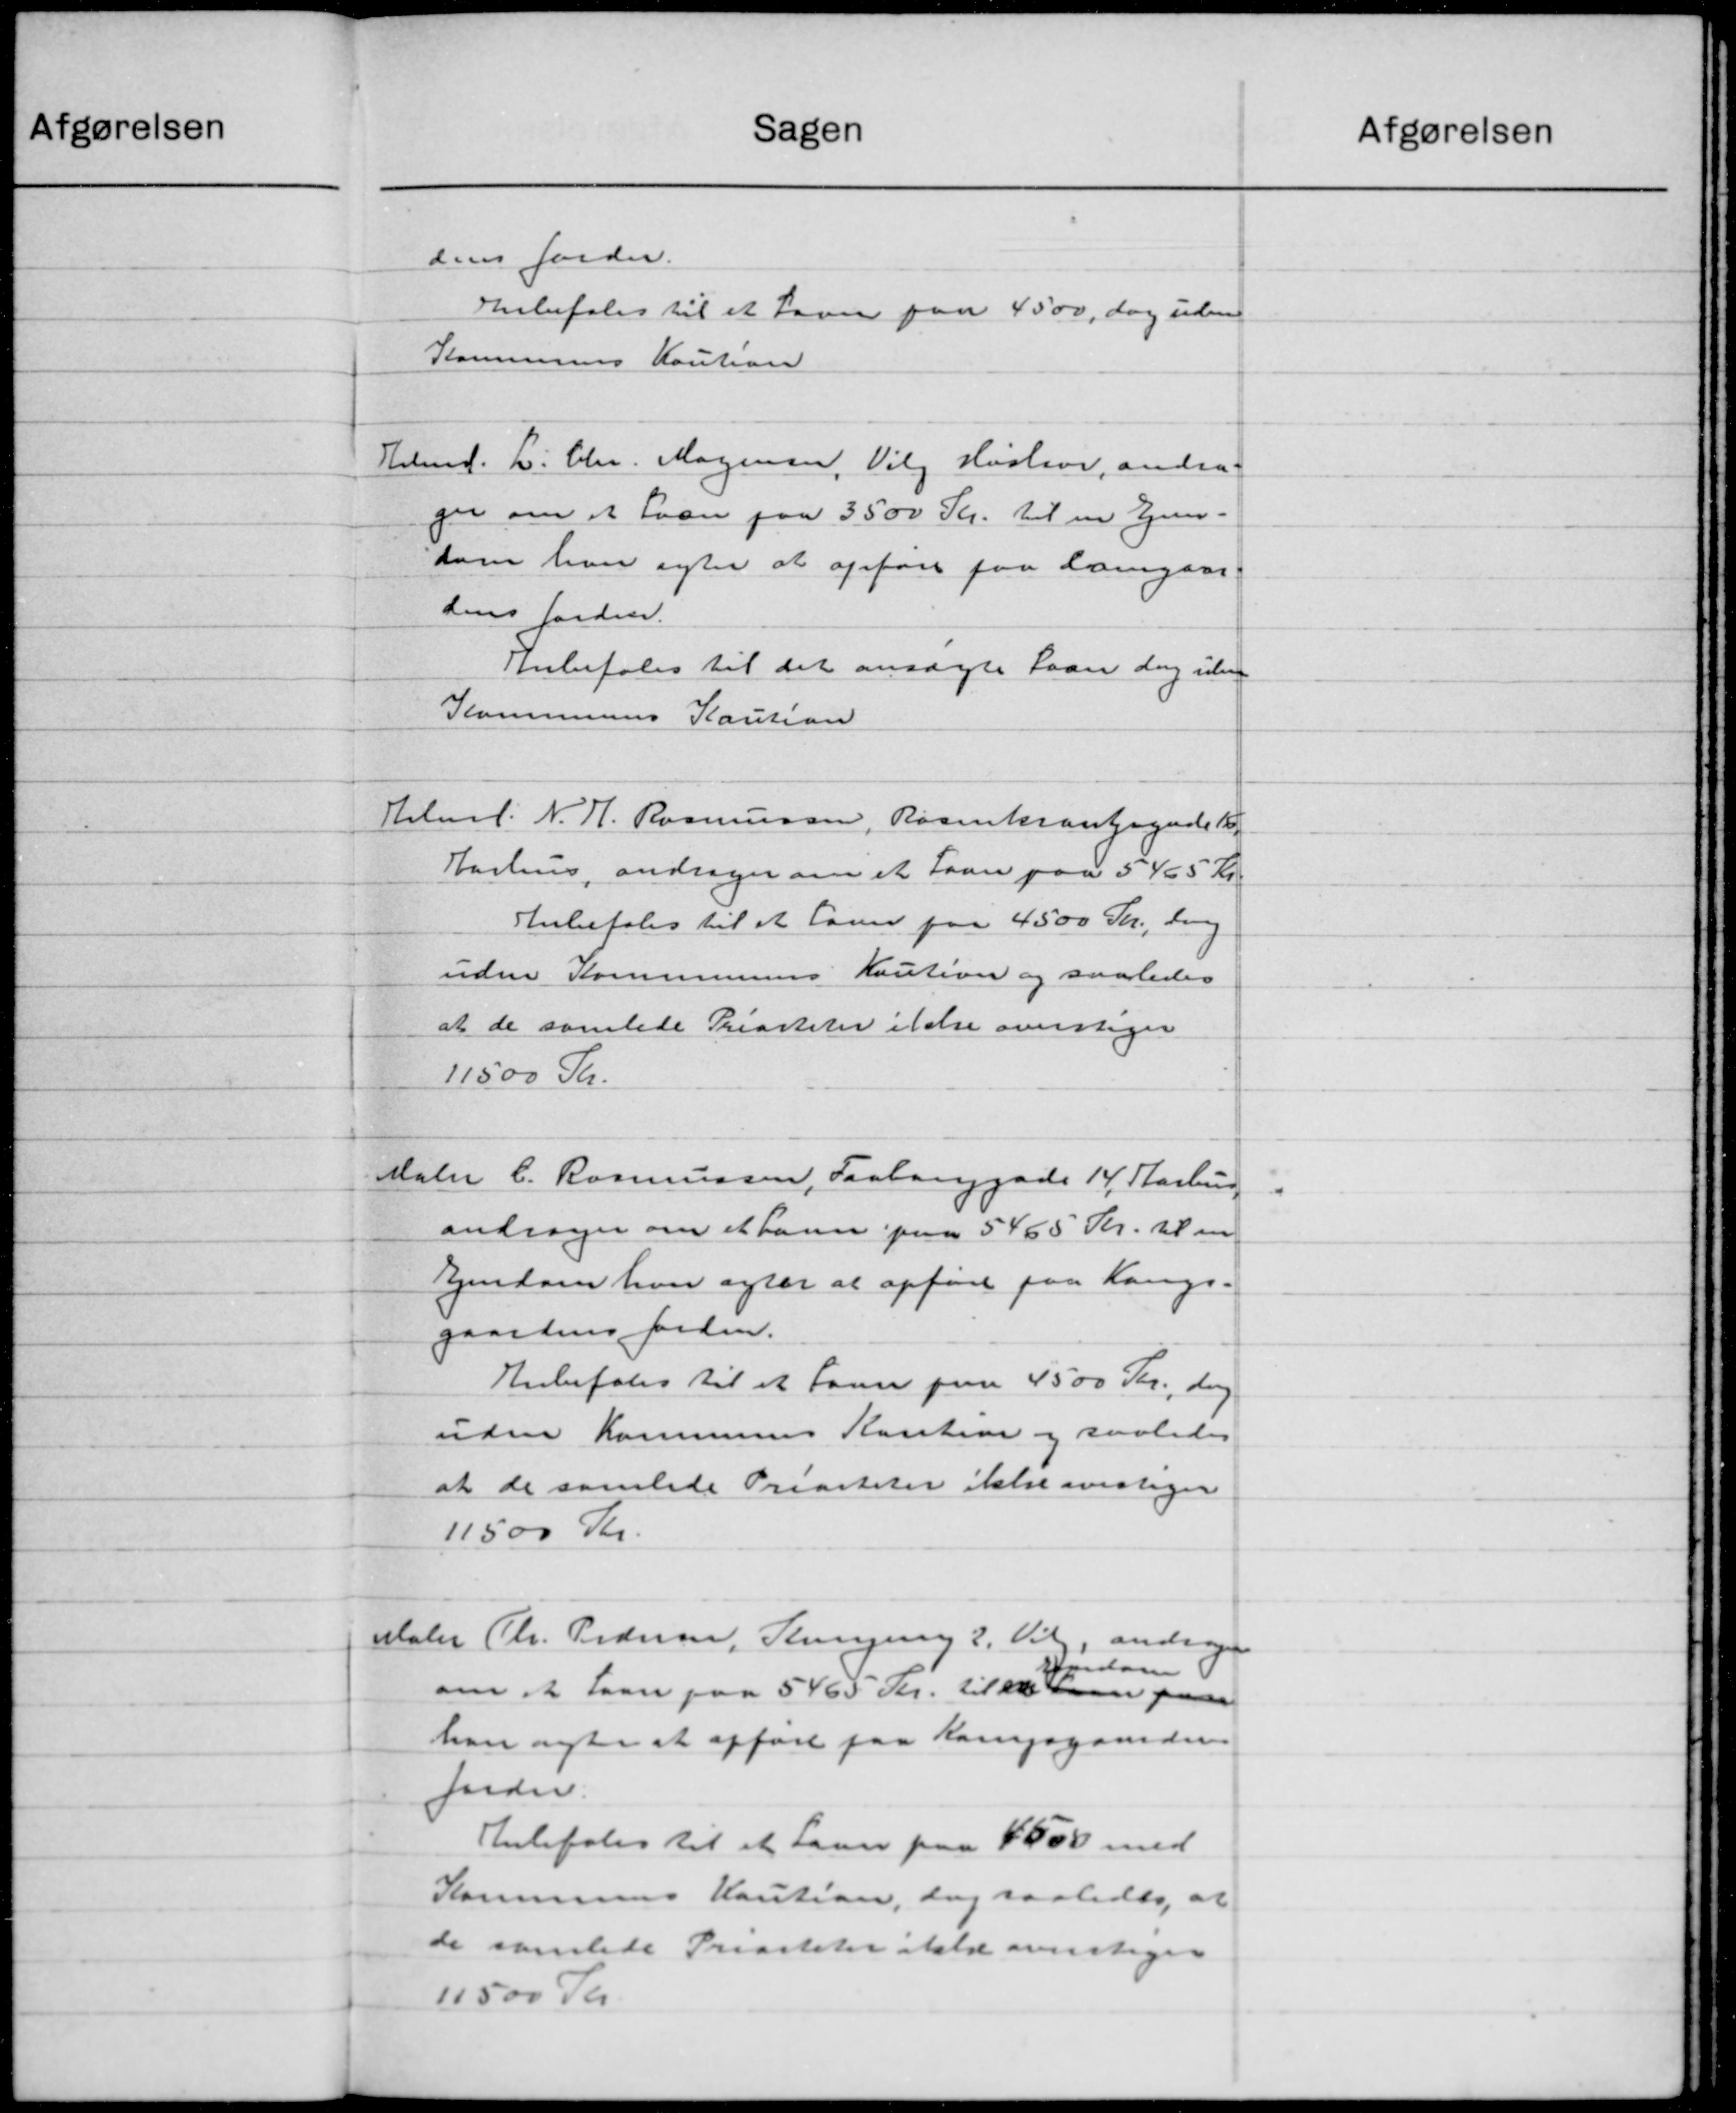
Transskription:
Sagen
dens Jorder.
Anbefales til et Laan paa 4500, dog uden
Kommunes Kaution
Hdmd. L. Chr. Mogensen, Vilg Histor, andrag
ger om et Laan paa 3500 Kr. til en Ejen-
dom hver agter at opføre paa Damgaar-
dens Jorden.
Anbefales til det ansøgte Laan dog uden
Kommunens Kaution
Hilml: N. H. Rasmussen, Rosenkrantagende K
Aarhus, andrager om et Laan paa 5 K 5 Kr.
Anbefales til at Laan paa 4500 Kr, Lang
uden Kommunens Kaution og saaledes
at de samlede Prisiteter idelse overstager
11500 Kr.
Maler C. Rasmussen, Faabanggade 14 Aarhus
andrager om et barn paa 5465 Kr. til en
Ejendom hvor agter at opføre paa Langs-
gaardens Jorden.
Anbefales til et Laan paa 4500 Kr., den
uden Kommunes Kaution og saaledes
at de samlede Prisiteter ikke overtager
11.500 Kr.
Maler Chr. Pedersen, Rungering 3, Vil, andrager
Han
0
om et Laan paa 5465 Kr. til et 400 paa
han agte at opført paa Langsgaarden
forden.
Anbefales til et Laan paa 4500 med
Kommunes Kaution, dog saaledes, at
de samlede Prisiteter ild overtages
11500 Kr